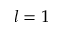
l = 1